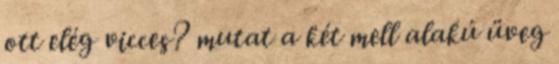
ott elég vicces? mutat a két mell alakú üveg